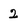
Character: 2